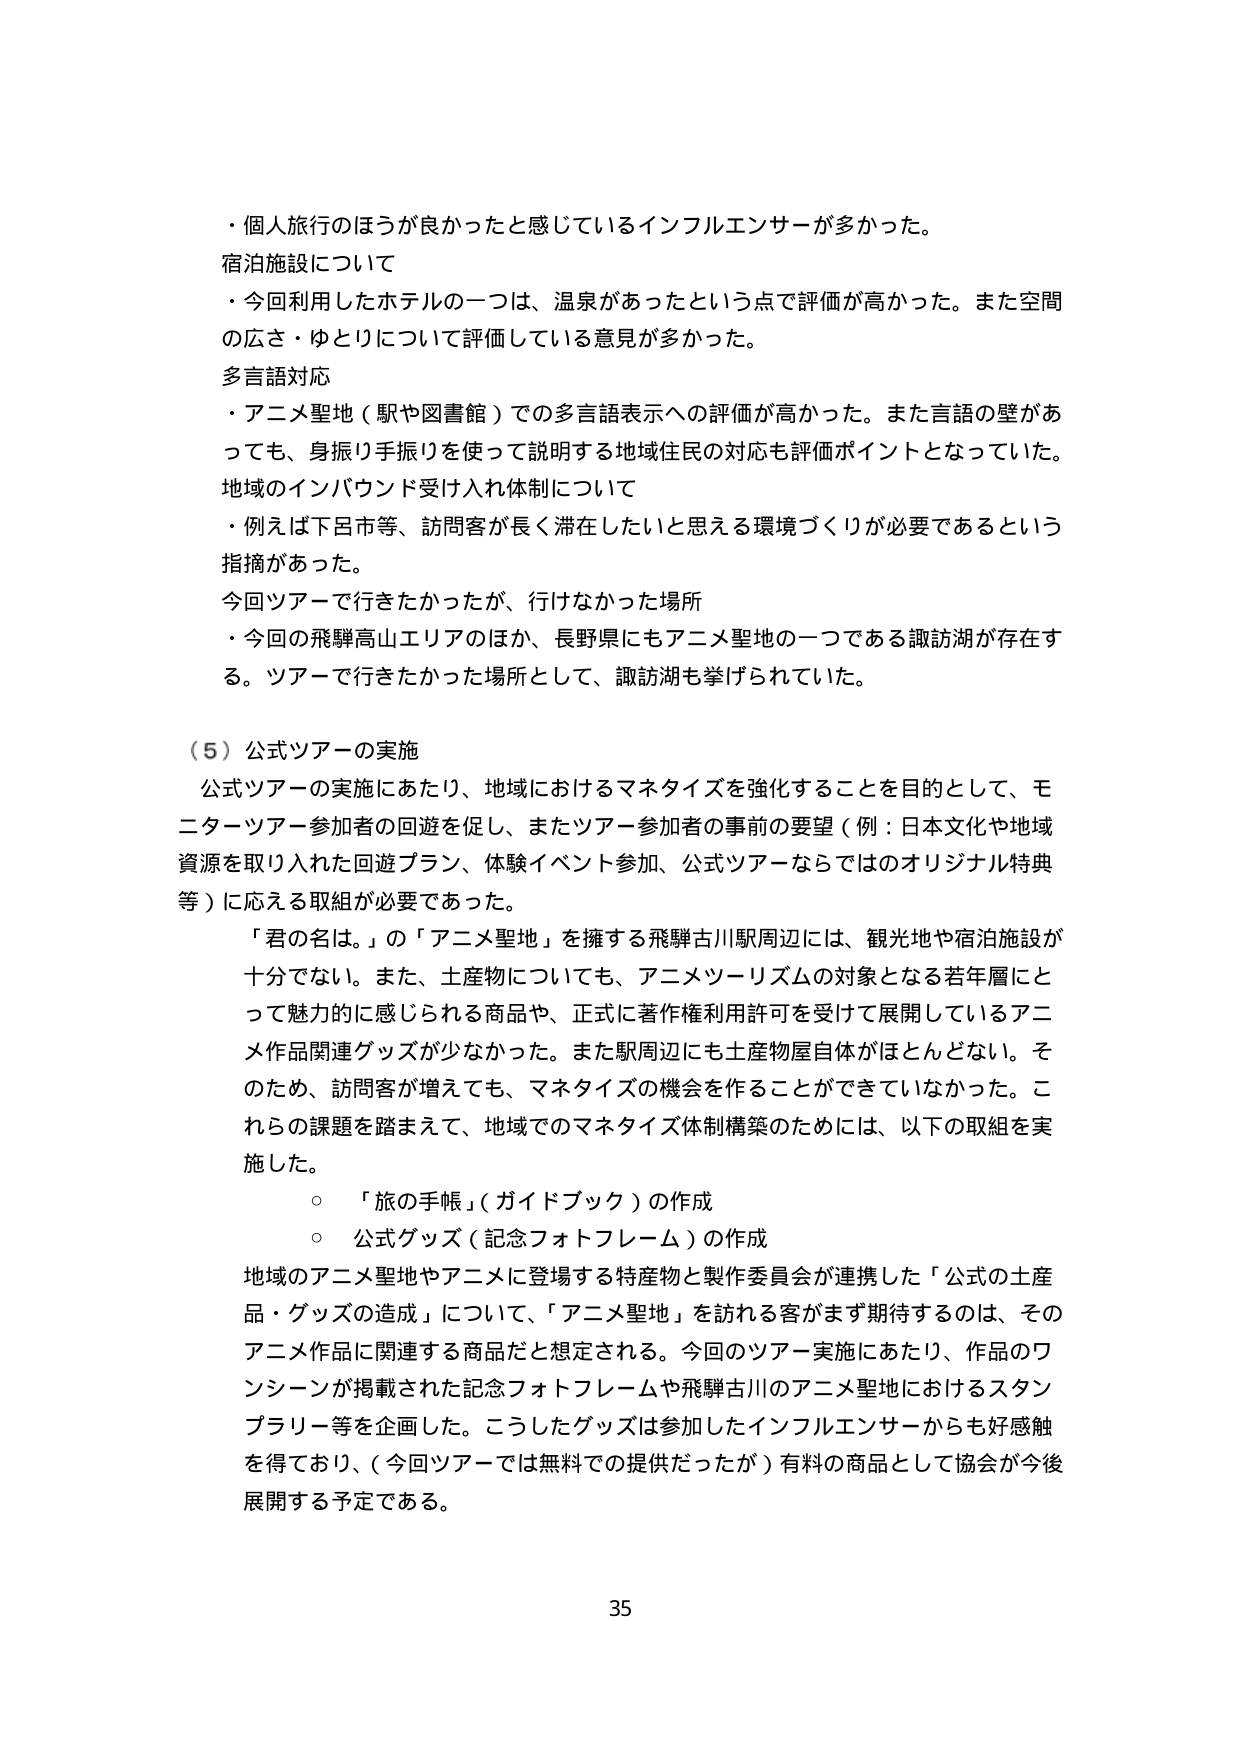
・個人旅行のほうが良かったと感じているインフルエンサーが多かった。
宿泊施設について
・今回利用したホテルの一つは、温泉があったという点で評価が高かった。また空間の広さ・ゆとりについて評価している意見が多かった。
多言語対応
・アニメ聖地（駅や図書館）での多言語表示への評価が高かった。また言語の壁があっても、身振り手振りを使って説明する地域住民の対応も評価ポイントとなっていた。
地域のインバウンド受け入れ体制について
・例えば下呂市等、訪問客が長く滞在したいと思える環境づくりが必要であるという指摘があった。
今回ツアーで行きたかったが、行けなかった場所
・今回の飛騨高山エリアのほか、長野県にもアニメ聖地の一つである諏訪湖が存在する。ツアーで行きたかった場所として、諏訪湖も挙げられていた。

（５）公式ツアーの実施
公式ツアーの実施にあたり、地域におけるマネタイズを強化することを目的として、モニターツアー参加者の回遊を促し、またツアー参加者の事前の要望（例：日本文化や地域資源を取り入れた回遊プラン、体験イベント参加、公式ツアーならではのオリジナル特典等）に応える取組が必要であった。
「君の名は。」の「アニメ聖地」を擁する飛騨古川駅周辺には、観光地や宿泊施設が十分でない。また、土産物についても、アニメツーリズムの対象となる若年層にとって魅力的に感じられる商品や、正式に著作権利用許可を受けて展開しているアニメ作品関連グッズが少なかった。また駅周辺にも土産物屋自体がほとんどない。そのため、訪問客が増えてても、マネタイズの機会を作ることができていなかった。これらの課題を踏まえて、地域でのマネタイズ体制構築のためには、以下の取組を実施した。
○ 「旅の手帳」（ガイドブック）の作成
○ 公式グッズ（記念フォトフレーム）の作成
地域のアニメ聖地やアニメに登場する特産物と製作委員会が連携した「公式の土産品・グッズの造成」について、「アニメ聖地」を訪れる客がまず期待するのは、そのアニメ作品に関連する商品だと想定される。今回のツアー実施にあたり、作品のワンシーンが掲載された記念フォトフレームや飛騨古川のアニメ聖地におけるスタンプラリー等を企画した。こうしたグッズは参加したインフルエンサーからも好感触を得ており、（今回ツアーでは無料での提供だったが）有料の商品として協会が今後展開する予定である。

35